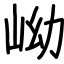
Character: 岰